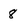
Character: 8